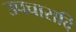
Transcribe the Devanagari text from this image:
उपचारादि